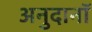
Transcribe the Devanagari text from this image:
अनुदानॉ